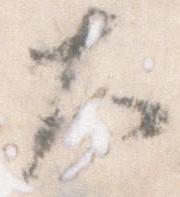
大